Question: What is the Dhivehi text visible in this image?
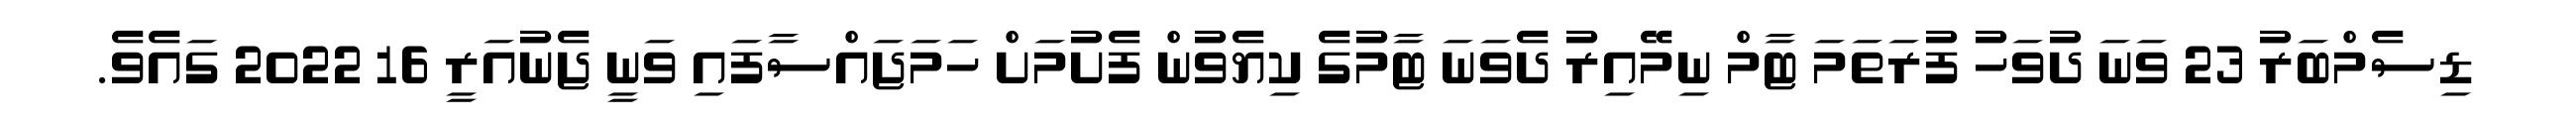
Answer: ޑިސެމްބަރު 23 ވަނަ ދުވަހު ފުރަތަމަ ޓާމް ނިމޭއިރު ދެވަނަ ޓާމުގެ ކިޔެވުން ފެށުމަށް ހަމަޖައްސާފައި ވަނީ ޖެނުއަރީ 16 2022 ގައެވެ.